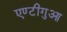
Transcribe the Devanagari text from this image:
एण्टीगुआ